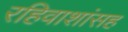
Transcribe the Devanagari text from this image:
रहिवाशांसह